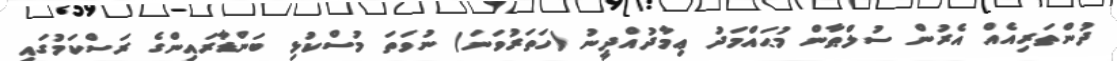
ދުންތަރިއެއް އެރުން ސުލްޠާން މުޙައްމަދު ޢިމާދުއްދީނު (ހަތަރުވަނަ) ނުވަތަ މުސްކުޅި ބަންޑާރައިންގެ ރަސްކަމުގައި